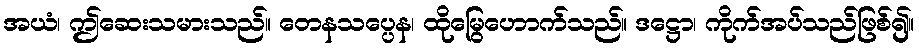
အယံ၊ ဤဆေးသမားသည်။ တေနသပ္ပေန၊ ထိုမြွေဟောက်သည်။ ဒဋ္ဌော၊ ကိုက်အပ်သည်ဖြစ်၍။